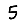
Digit: 5